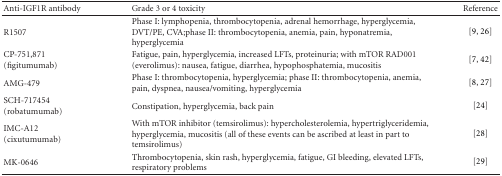
| Anti-IGF1R antibody | Grade 3 or 4 toxicity | Reference |
 | --- | --- | --- |
 | R1507 | Phase I: lymphopenia, thrombocytopenia, adrenal hemorrhage, hyperglycemia, DVT/PE, CVA;phase II: thrombocytopenia, anemia, pain, hyponatremia, hyperglycemia | [9, 26] |
 | CP-751,871 (figitumumab) | Fatigue, pain, hyperglycemia, increased LFTs, proteinuria; with mTOR RAD001 (everolimus): nausea, fatigue, diarrhea, hypophosphatemia, mucositis | [7, 42] |
 | AMG-479 | Phase I: thrombocytopenia, hyperglycemia; phase II: thrombocytopenia, anemia, pain, dyspnea, nausea/vomiting, hyperglycemia | [8, 27] |
 | SCH-717454(robatumumab) | Constipation, hyperglycemia, back pain | [24] |
 | IMC-A12(cixutumumab) | With mTOR inhibitor (temsirolimus): hypercholesterolemia, hypertriglyceridemia, hyperglycemia, mucositis (all of these events can be ascribed at least in part to temsirolimus) | [28] |
 | MK-0646 | Thrombocytopenia, skin rash, hyperglycemia, fatigue, GI bleeding, elevated LFTs, respiratory problems | [29] |